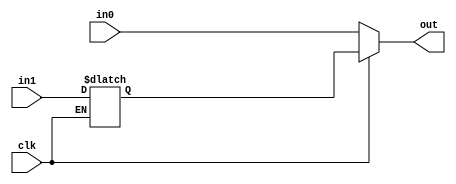
//#############################################################################
//# Function: Dual data rate output buffer                                    #
//# Copyright: OH Project Authors. All rights Reserved.                       #
//# License:  MIT (see LICENSE file in OH repository)                         #
//#############################################################################

module asic_oddr #(parameter PROP = "DEFAULT")  (
   input  clk, // clock input
   input  in0, // data for clk=0
   input  in1, // data for clk=1
   output out  // dual data rate output
   );

   //Making in1 stable for clk=1
   reg 	  in1_sh;
   always @ (clk or in1)
     if(~clk)
       in1_sh <= in1;

   //Using clock as data selctor
   assign out = clk ? in1_sh : in0;

endmodule